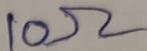
Text: 10Ω